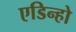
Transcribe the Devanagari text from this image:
एडिन्हो